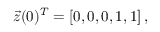
\vec { z } ( 0 ) ^ { T } = \left[ 0 , 0 , 0 , 1 , 1 \right] ,